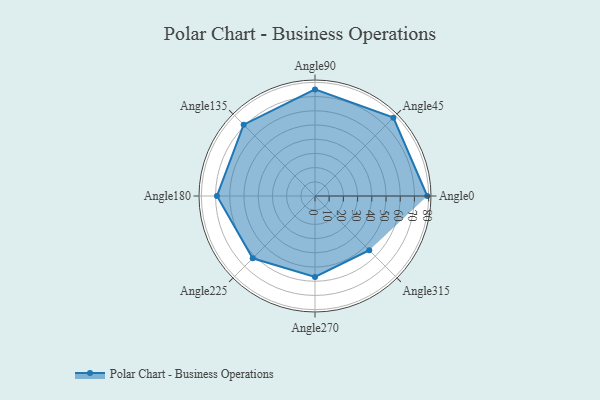
{"axis": {"x": "Angle", "y": "Radius"}, "legend": [""], "data": [{"x": "Angle0", "y": 79.0, "type": ""}, {"x": "Angle45", "y": 78.0, "type": ""}, {"x": "Angle90", "y": 75.0, "type": ""}, {"x": "Angle135", "y": 71.0, "type": ""}, {"x": "Angle180", "y": 69.0, "type": ""}, {"x": "Angle225", "y": 62.0, "type": ""}, {"x": "Angle270", "y": 57.0, "type": ""}, {"x": "Angle315", "y": 54.0, "type": ""}]}